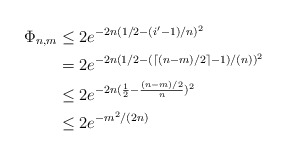
\begin{align*} \Phi_{n,m} & \leq 2 e^{-2n (1/2 - ( i' - 1 )/n)^2 } \\& = 2 e^{-2n (1/2 - ( \lceil (n-m)/2 \rceil - 1)/(n) )^2} \\& \leq 2 e^{-2n(\frac{1}{2} - \frac{(n-m)/2}{n})^2} \\& \leq 2 e^{-m^2/(2n)}\end{align*}